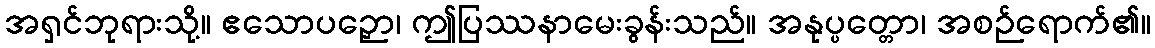
အရှင်ဘုရားသို့။ ဧသောပဉှော၊ ဤပြဿနာမေးခွန်းသည်။ အနုပ္ပတ္တော၊ အစဉ်ရောက်၏။